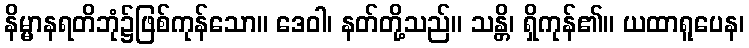
နိမ္မာနရတိဘုံ၌ဖြစ်ကုန်သော။ ဒေဝါ၊ နတ်တို့သည်။ သန္တိ၊ ရှိကုန်၏။ ယထာရူပေန၊